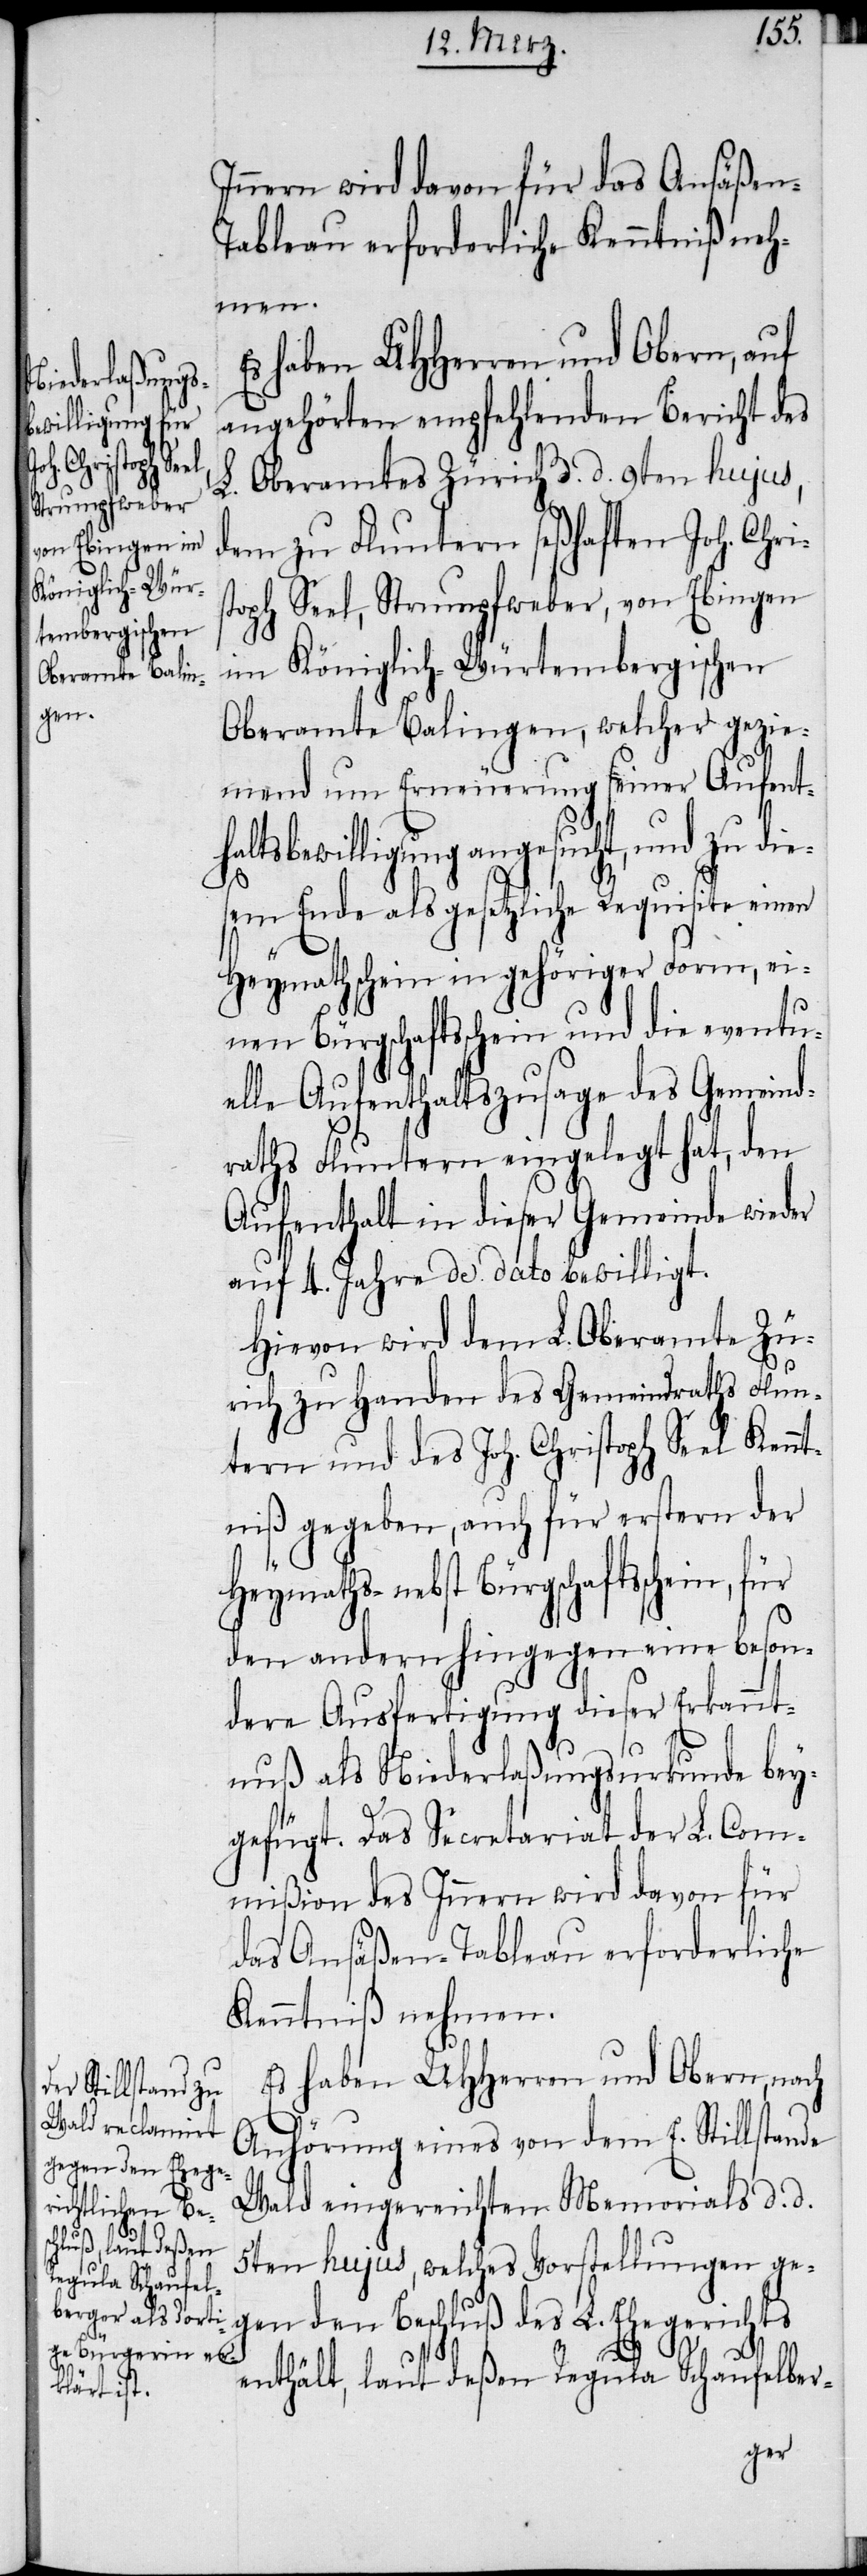
schein, für

s haben UHHerren und Obern, auf
angehörten empfehlenden Bericht des
L. Oberamtes Zürich d. d. 9ten hujus,
dem zu Fluntern seßhaften Joh. Chris¬
toph Seel, Strumpfweber, von Ebingen
im Königlich-Würtembergischen
Oberamte Balingen, welcher gezie¬
mend um Erneuerung seiner Aufentha¬
ltsbewilligung angesucht, und zu die¬
sem Ende als gesetzliche Requisite einen
Heymathschein in gehöriger Form, ei¬
nen Bürgschaftsschein und die eventu¬
elle Aufenthaltszusage des Gemeind¬
raths Fluntern eingelegt hat, den
Aufenthalt in dieser Gemeinde wieder
auf 4. Jahre de dato bewilligt.
Hievon wird dem L. Oberamte Zü¬
rich zu Handen des Gemeindraths Flun¬
tern und des Joh. Christoph Seel Kenn¬
tniß gegeben, auch für erstern der
Heymaths- nebst Bürgschafts¬
den andern hingegen eine beson¬
dere Ausfertigung dieser Erkannt¬
E¬
nuß als Niederlaßungsurkunde bey¬
gefügt. Das Secretariat der L. Com¬
mißion des Innern wird davon für
das Ansäßen-Tableau erforderliche
Kenntniß nehmen.
Es haben UHHerren und Obern, nach
Anhörung eines von dem E. Stillstande
Wald eingereichten Memorials d. d.
5ten hujus, welches Vorstellungen ge¬
gen den Beschluß des L. Ehegerichts
enthält, laut deßen Regula Schaufelber-